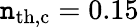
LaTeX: \mathtt{n}_{\mathrm{{th,c}}}=0.15